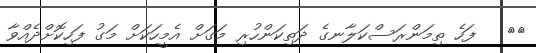
١٠   ފަހެ ތިމަންރަސްކަލާނގެ ދަތިކަންހުރި މަގަށް އެމީހަކަށް މަގު ފަހިކޮށްދެއްވާ